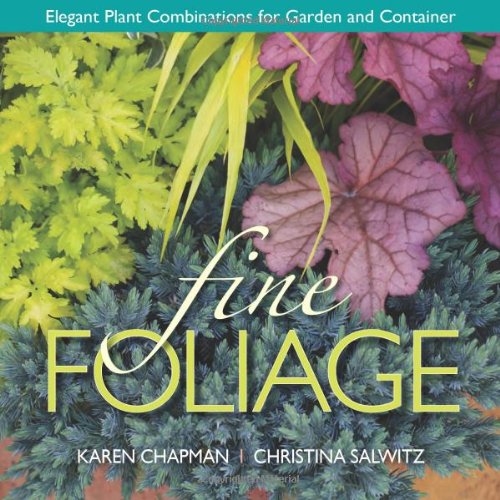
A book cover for Fine Foliage: Elegant Plant Combinations for Garden and Container; Karen Chapman; Crafts, Hobbies & Home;